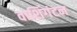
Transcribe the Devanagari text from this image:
वाशिंगंटन